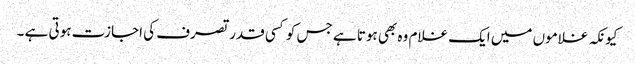
کیونکہ غلاموں میں ایک غلام وہ بھی ہوتا ہے جس کو کسی قدر تصرف کی اجازت ہوتی ہے ۔